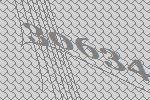
30634